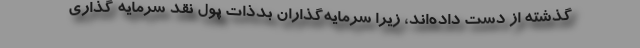
گذشته از دست داده‌اند، زیرا سرمایه‌گذاران بدذات پول نقد سرمایه گذاری